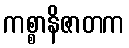
ကစ္စာနိဇာတက